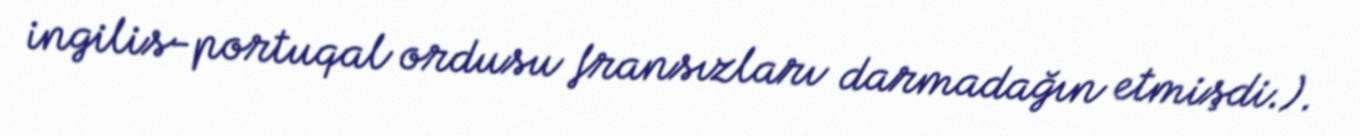
ingilis-portuqal ordusu fransızları darmadağın etmişdi.).